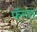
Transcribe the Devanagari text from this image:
फॅरन